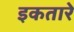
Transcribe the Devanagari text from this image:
इकतारे